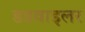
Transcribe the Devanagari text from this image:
डडवाइलर